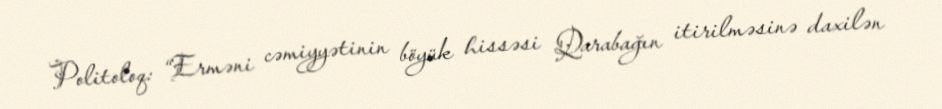
Politoloq: “Erməni cəmiyyətinin böyük hissəsi Qarabağın itirilməsinə daxilən